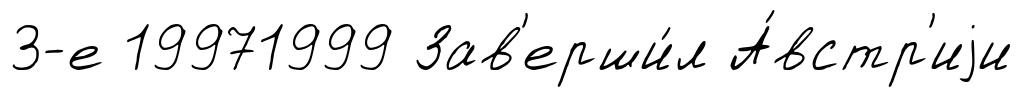
3-е 19971999 Зав'ерши́л А́встр'иjи